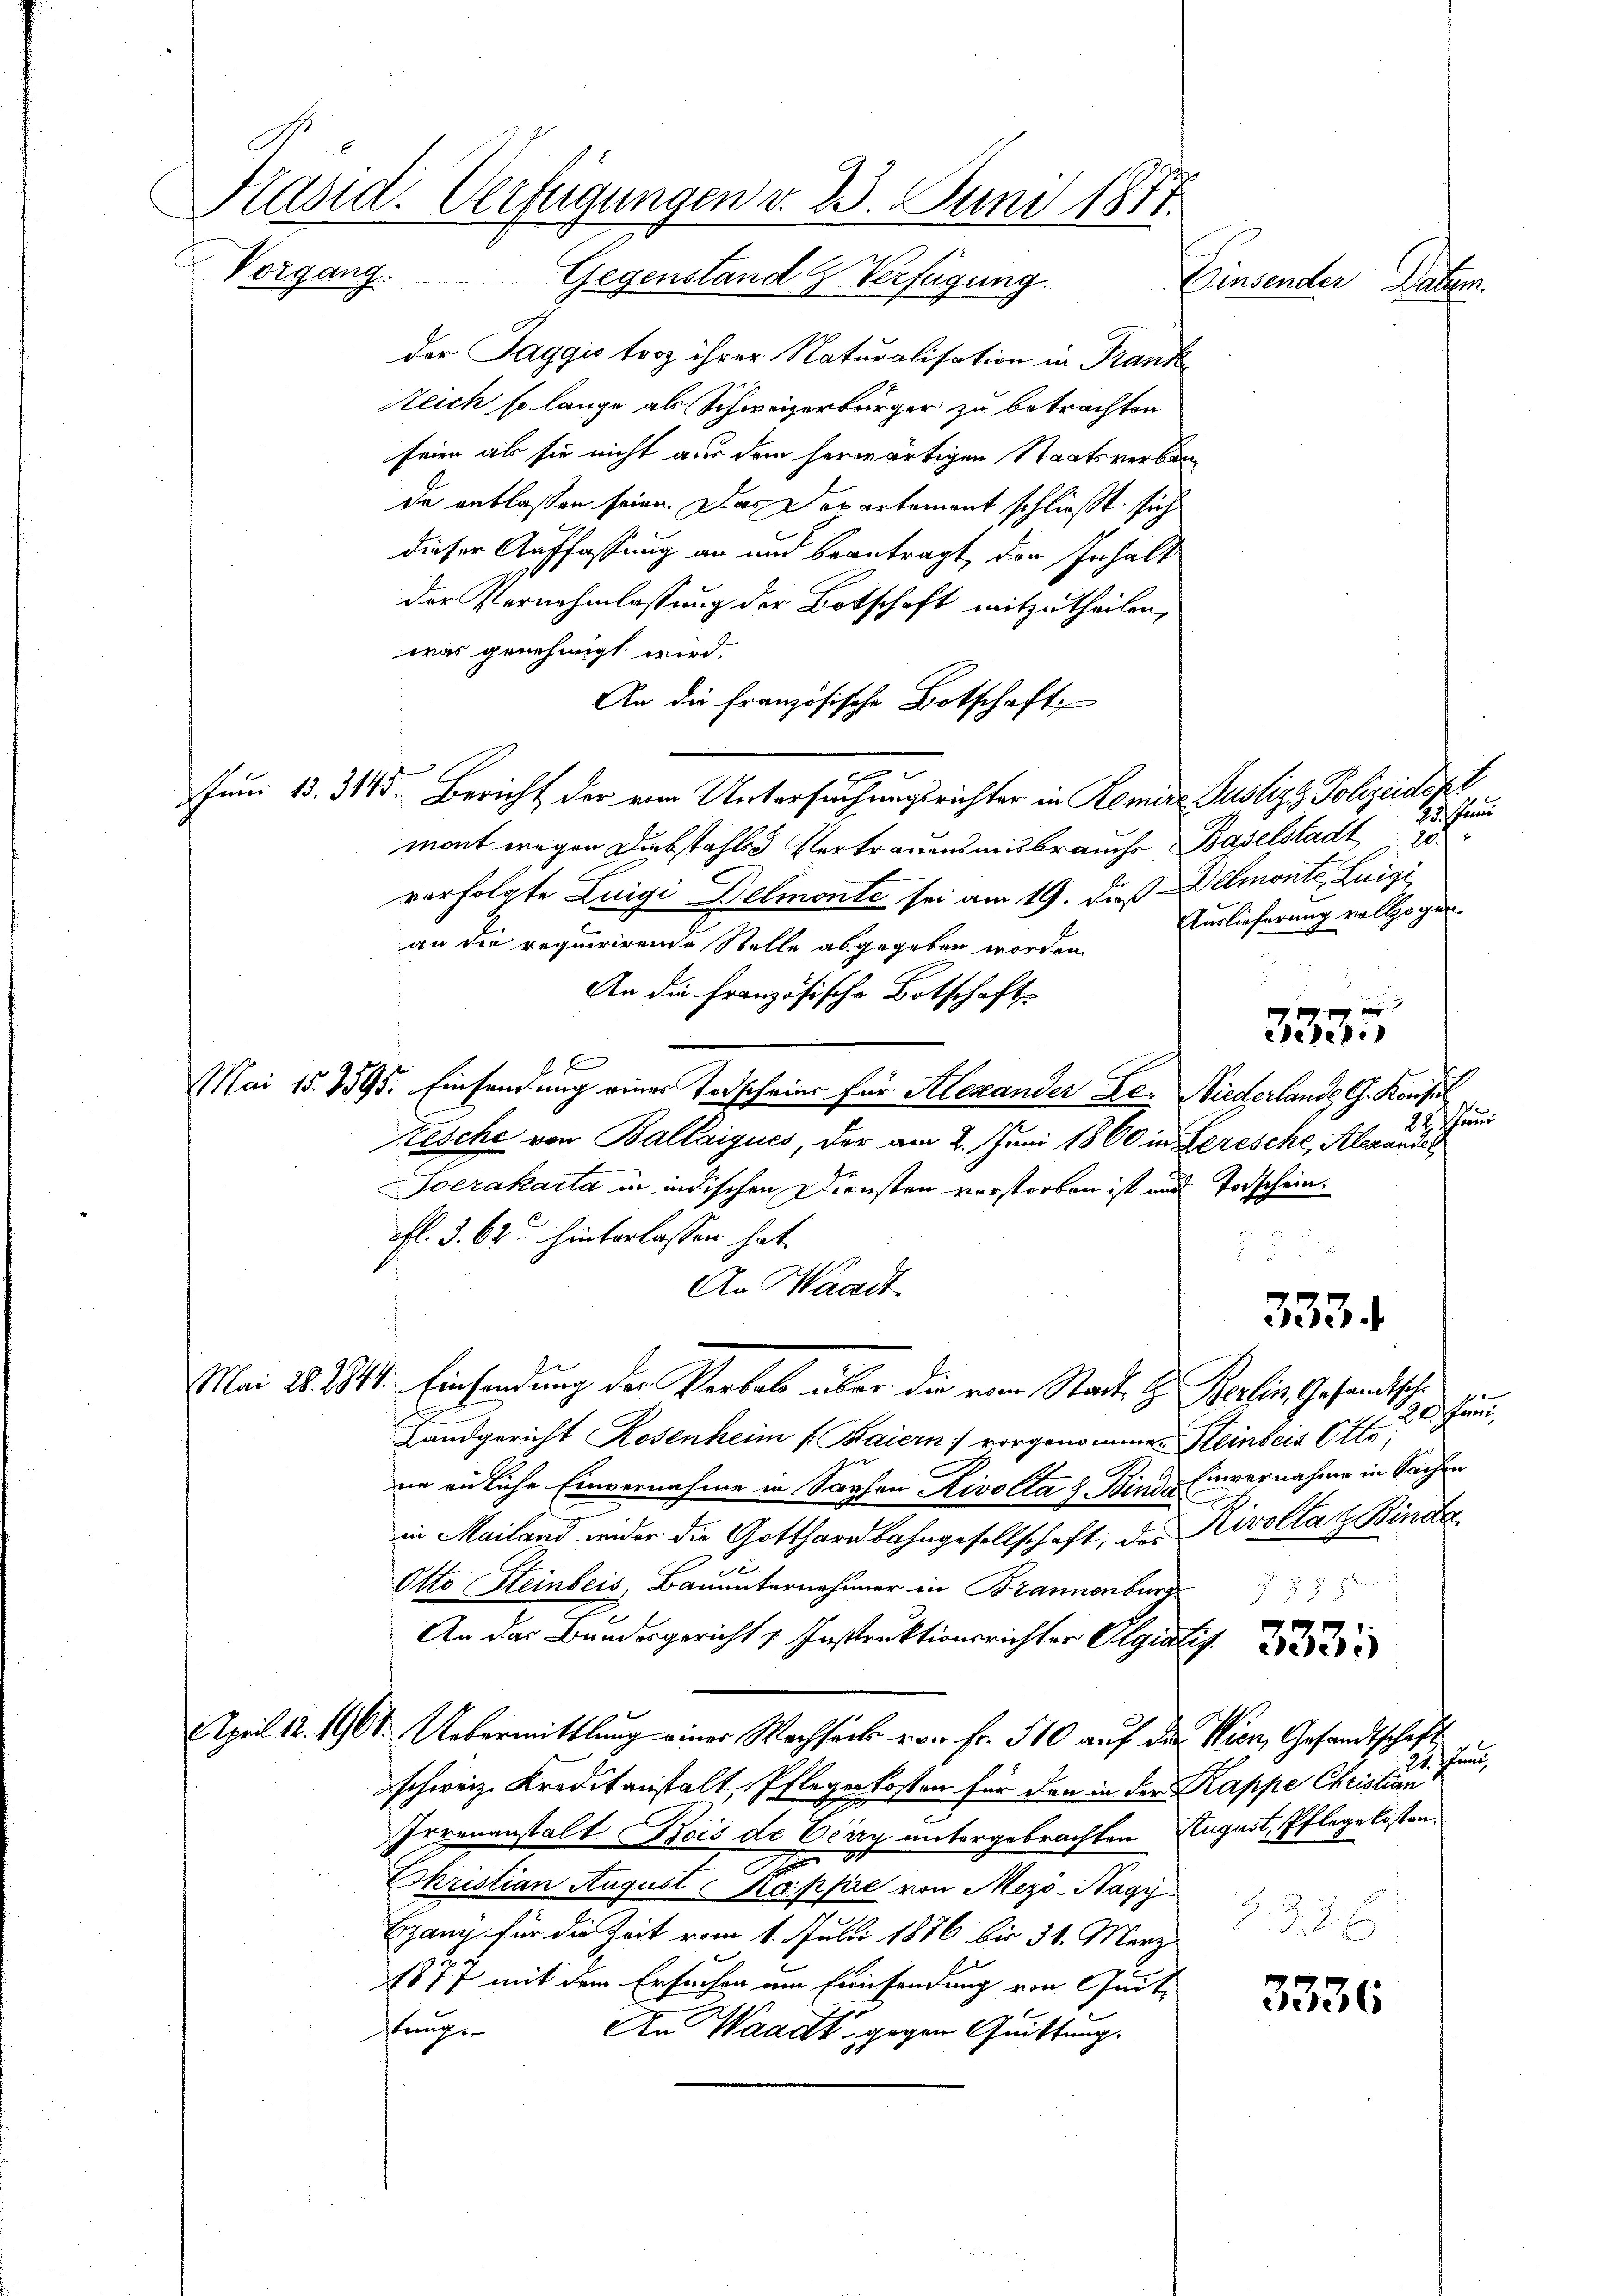
Präsid. Verfügungen v. 23. Juni 1877
Vorgang.
Gegenstand & Verfügung.
Einsender Pater.

der Jaggi terz ihrer Naturalisation in Frank
Reich so lange als Schweizerbürger zu betrachten
seien als sie nicht aus dem herwärtigen Staatsverbinde entlassen seien. Das Departement schließt sich
dieser Auffassung an und beantragt den Inhalt
der Vernehmlassung der Botschaft mitzutheilen,
was genehmigt wird.
An die Französische Botschaft
.
Juni 13. 315. Bericht der eine Untersuchungsrichter in Remine Justiz & Polizeidept
mont wegen Diebstahles Vertrauensmisbrauche Baselstadt 18
verfolgte Luigi Belmonte sei am 19. daß Allmonte Luigi
an die requirirende Stelle abgegeben worden.
An die Französische Botschaft
3335
x
Mai 15. 7595. Einsendung eines Todscheins für Alexander Der Niederlande G. Konsul
224
Resche von Ballaiques, der am 2. Juni 1860 in Gerische, Alexandes
Ioerakarta in indischen Diensten verstorben ist und Todschein.
fl. 3. 62. hinterlassen hat.
 f 2
An Waadt
3334
Mai 28. 2844. Einsendung der Verbal über die vom Stadt, C. Berlin Gesandtsche
efan
Landgericht Rosenheim (Baiern vorgenommen Steinbeis Otto,
ne eiliche Einvernahme in Sachen Rivolta 2. Kinde Einvernahme in Sachen
Rivoltag Binde
in Mailand wider die Gotthardbahngesellschaft, des
Otto Heinbeis, Bauunternehmer in Brannenburg
An das Bundesgericht u. Instruktionsrichter Olgialis
AApril 12. 1961. Uebermittlung einer Wechsels von Fr. 510 auf die Wien, Gesandtschaft
schweiz. Kreditanstalt, Pflegenkosten für den in der Kappe Christian
Irrenanstalt Bois de Verry untergebrachten August, Pflege kosten.
n
Christian August Kappe von Mezö- Nagy
Egang für die Zeit vom 1. Julii 1876 bis 31. März
77 mit dem Ersuchen am Einsendung von mit
stunge
An Waadt gegen Quittung.

15. Juni
Auslieferung vollzogen.

Brand

fun